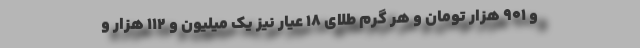
و ۹۰۱ هزار تومان و هر گرم طلای ۱۸ عیار نیز یک میلیون و ۱۱۲ هزار و